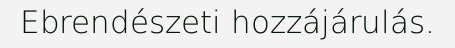
Ebrendészeti hozzájárulás.